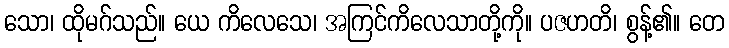
သော၊ ထိုမဂ်သည်။ ယေ ကိလေသေ၊ အကြင်ကိလေသာတို့ကို။ ပဇဟတိ၊ စွန့်၏။ တေ